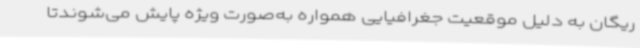
ریگان به دلیل موقعیت جغرافیایی همواره به‌صورت ویژه پایش می‌شوندتا